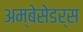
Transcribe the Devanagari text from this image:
अम्बेसेडर्स